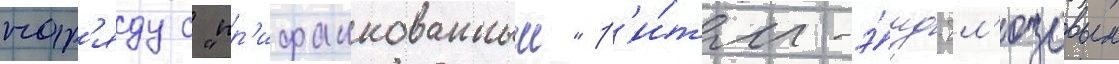
нар'яду с "пр'ифанкованным" р'и́тм-э́нд-бл'юзовым